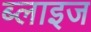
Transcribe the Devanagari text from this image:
ब्लाइज